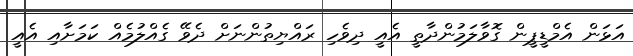
އަޅަން އެމްޑީޕީން ގޮވާލަމުންދާތީ އެއީ ދިވެހި ރައްޔިތުންނަށް ދެވޭ ގެއްލުމެއް ކަމަށާއި އެއީ